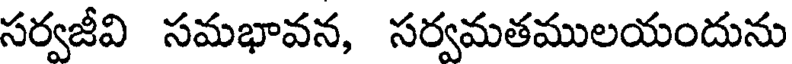
సర్వజీవి సమభావన, సర్వమతములయందును